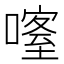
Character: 𠾰